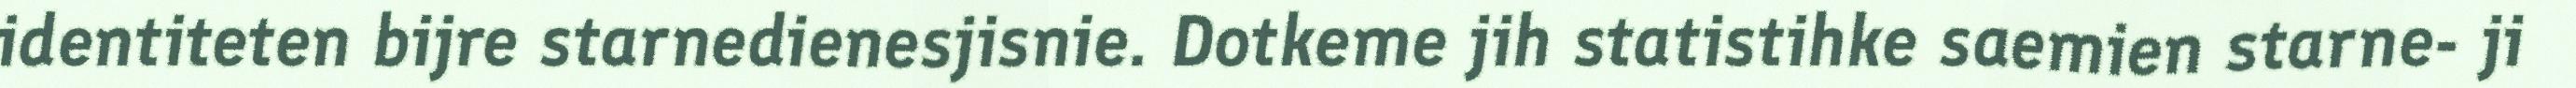
identiteten bijre starnedienesjisnie. Dotkeme jih statistihke saemien starne- ji